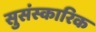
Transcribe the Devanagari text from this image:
सुसंस्कारिक